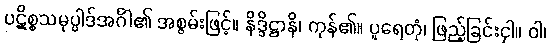
ပဋိစ္စသမုပ္ပါဒ်အင်္ဂါ၏ အစွမ်းဖြင့်။ နိဒ္ဒိဋ္ဌာနိ၊ ကုန်၏။ ပူရေတုံ၊ ဖြည့်ခြင်းငှါ။ ဝါ၊